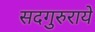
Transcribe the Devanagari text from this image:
सदगुरुराये